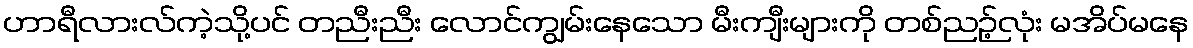
ဟာရီလားလ်ကဲ့သို့ပင် တညီးညီး လောင်ကျွမ်းနေသော မီးကျီးများကို တစ်ညဉ့်လုံး မအိပ်မနေ